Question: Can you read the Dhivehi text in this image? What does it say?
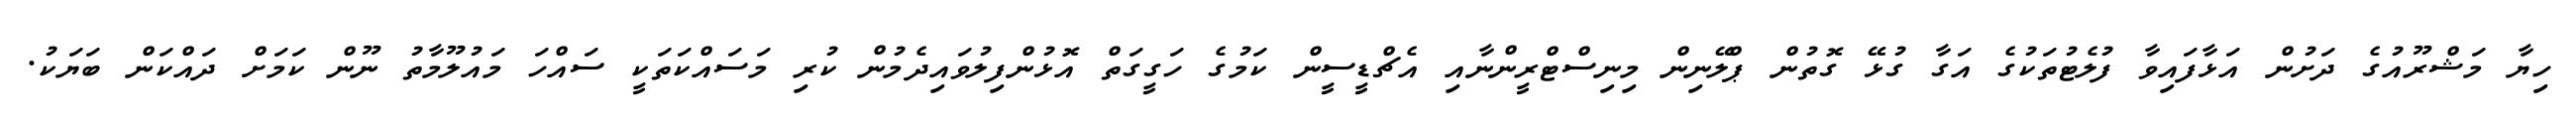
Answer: ހިޔާ މަޝްރޫއުގެ ދަށުން އަޅާފައިވާ ފުލެޓުތަކުގެ އަގާ ގުޅޭ ގޮތުން ޕްލޭނިން މިނިސްޓްރީންނާއި އެޗްޑީސީން ކަމުގެ ހަގީގަތް އޮޅުންފިލުވައިދެމުން ކުރި މަސައްކަތަކީ ސައްހަ މައުލޫމާތު ނޫން ކަމަށް ދައްކަން ބަޔަކު.